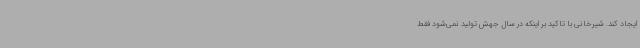
ایجاد کند. شیرخانی با تاکید بر اینکه در سال جهش تولید نمی‌شود فقط